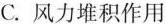
C.风力堆积作用